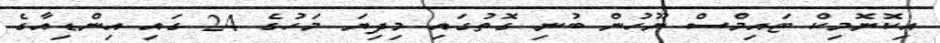
އިކޮނޮމިކް ޓައިމްސް ނޫހުން ބުނި ގޮތުގައި މިދިޔަ މަހުގެ 24 ގައި އިންޑިއާގެ